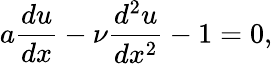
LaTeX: a\frac{du}{dx}-\nu\frac{d^{2}u}{dx^{2}}-1=0,